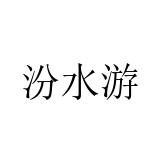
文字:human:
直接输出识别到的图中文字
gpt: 汾水游